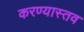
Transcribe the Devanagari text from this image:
करण्यास्तव